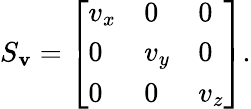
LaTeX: S_{\mathbf{v}}={\left[\begin{array}{lll}{v_{x}}&{0}&{0}\\ {0}&{v_{y}}&{0}\\ {0}&{0}&{v_{z}}\end{array}\right]}.